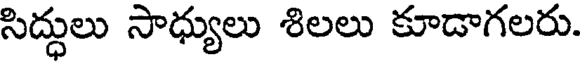
సిద్ధులు సాధ్యులు శిలలు కూడాగలరు.